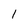
Character: 1